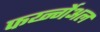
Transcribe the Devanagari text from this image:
फर्य्न्गेअल